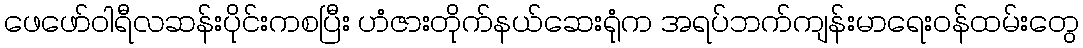
ဖေဖော်ဝါရီလဆန်းပိုင်းကစပြီး ဟံဇားတိုက်နယ်ဆေးရုံက အရပ်ဘက်ကျန်းမာရေးဝန်ထမ်းတွေ